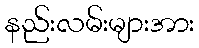
နည်းလမ်းများအား